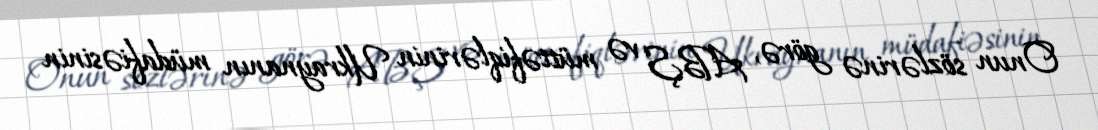
Onun sözlərinə görə, ABŞ və müttəfiqlərinin Ukraynanın müdafiəsinin